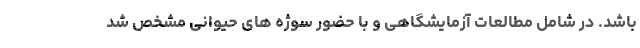
باشد. در شامل مطالعات آزمایشگاهی و با حضور سوژه های حیوانی مشخص شد